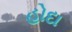
હોદા